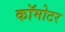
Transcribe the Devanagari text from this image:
कॉमोटर